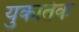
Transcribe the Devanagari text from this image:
युकातेक